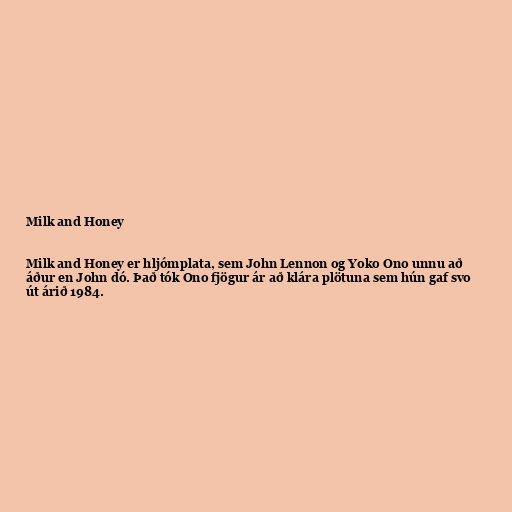
Milk and Honey

Milk and Honey er hljómplata, sem John Lennon og Yoko Ono unnu að
áður en John dó. Það tók Ono fjögur ár að klára plötuna sem hún gaf svo
út árið 1984.